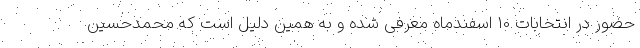
حضور در انتخابات 10 اسفندماه معرفی شده و به همین دلیل است که محمدحسین